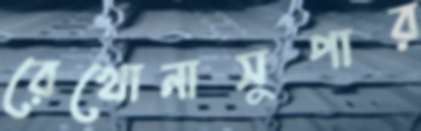
রেখোনাসুপার